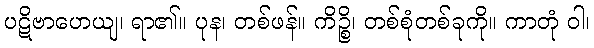
ပဋိဗာဟေယျ၊ ရာ၏။ ပုန၊ တစ်ဖန်။ ကိဉ္စိ၊ တစ်စုံတစ်ခုကို။ ကာတုံ ဝါ၊